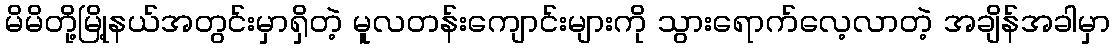
မိမိတို့မြို့နယ်အတွင်းမှာရှိတဲ့ မူလတန်းကျောင်းများကို သွားရောက်လေ့လာတဲ့ အချိန်အခါမှာ